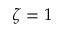
\zeta = 1